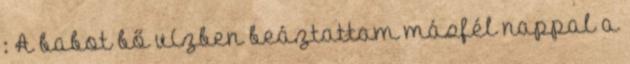
: A babot bő vízben beáztattam másfél nappal a